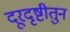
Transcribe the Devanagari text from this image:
दूरदृष्टीतुन